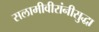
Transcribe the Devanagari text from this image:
सलामीवीरांनीसुद्धा